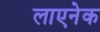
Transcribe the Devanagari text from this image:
लाएनेक